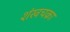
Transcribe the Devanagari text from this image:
शंखचक्रा